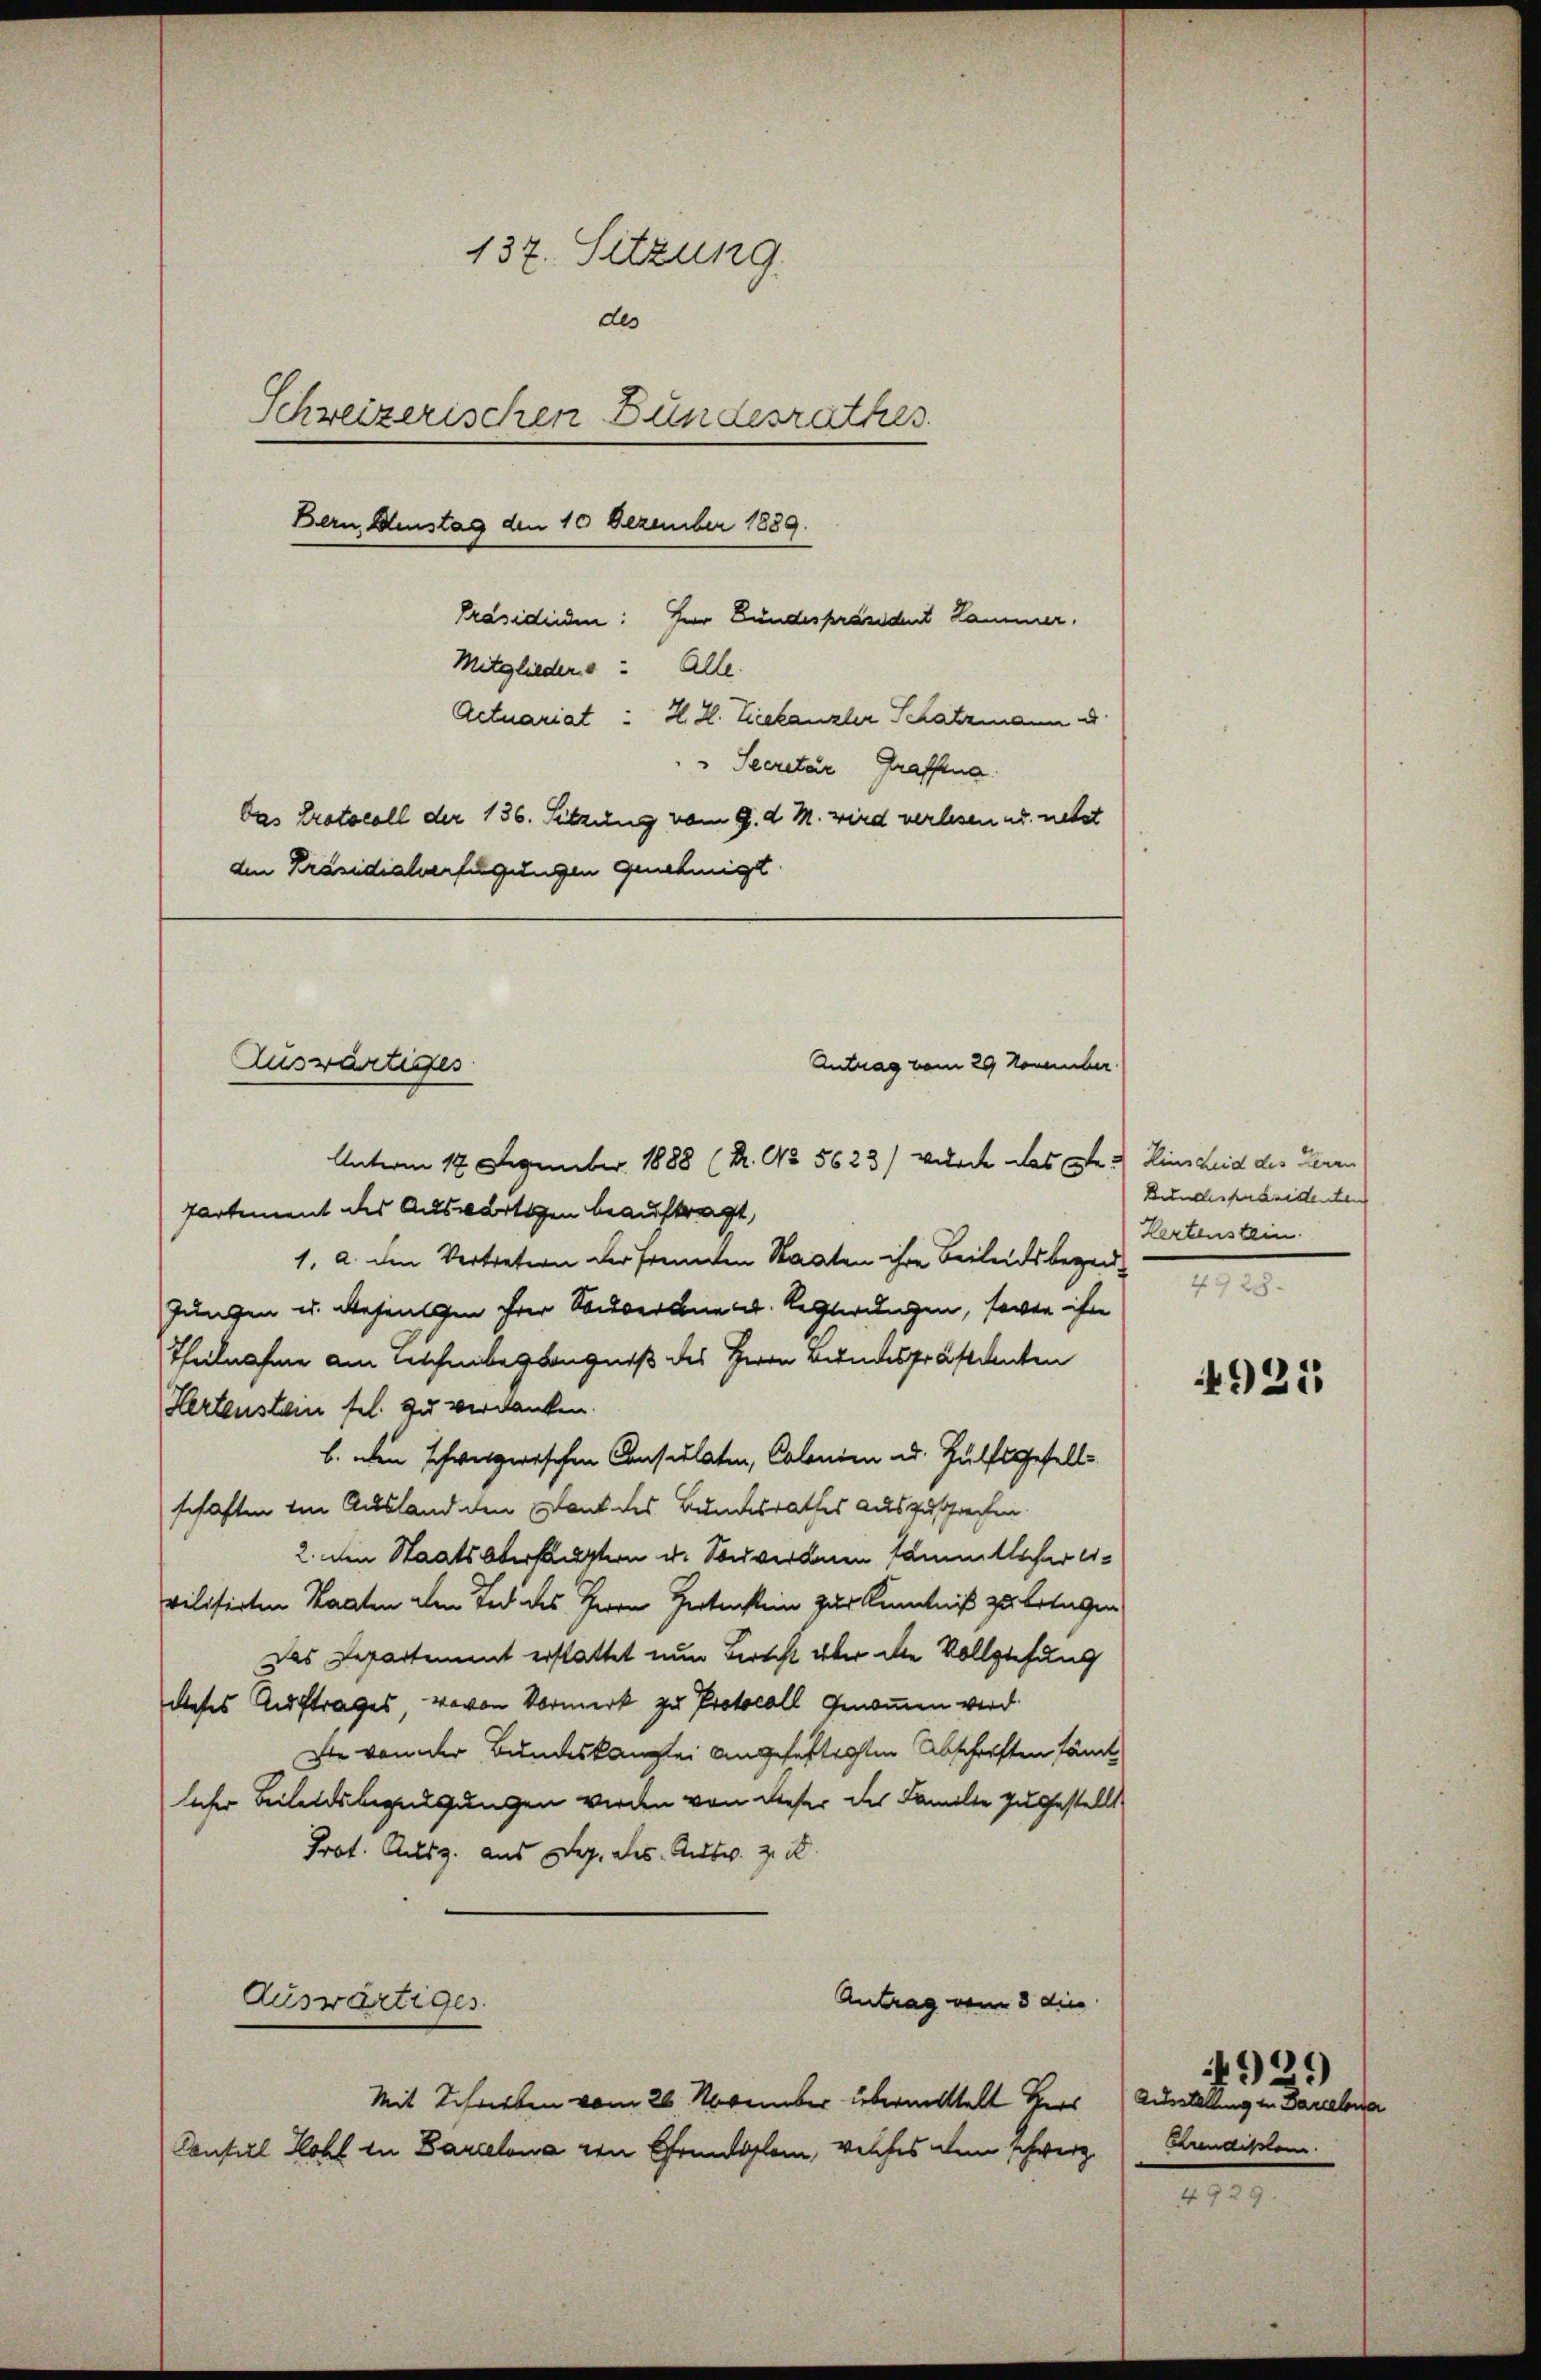
137. Sitzung.
des
Schweizerischen Bundesrathes.
Bern denstag den 10 Dezember 1889.
Präsidiiden: Herr Bundespräsident Kammer.
Mitgliedere: Alle
Actuariat: H. H. Lieekanzler Schatzmann d
Secretar Graffina
Das Protocoll der 136. Sitzung vom 9. d. M. wird verlesen u. nebst
den Präsidialverfügungen genehmigt.

Auswärtiges

Antrag vom 29 November

Unterm 18. Dezember 1888 (R. No 5623) wurch das 3te u. Einscheid des Herrn
Partement des Auswärtigen beauftragt,
1. a. den Vertretern der freunden Staaten ihre Beileidsbegeid¬
Jungen u. Gesingen ihrer Souverane u. Regierungen, sowie ihn
Theilnahme am Aschenbegängniß des Herrn Bundespräsidenten
Hertenstein fel. zu verdanken.
b. oben schweizerischen Consulaten, Colonien u. Hülfsgesell
schaften in Ausland den Dank des Bundesrathes auszusprechen.
2. den Staatsoberhauptern u. Souverden sämmtlicher eivilisirten Staaten dem Tod des Herrn Hertenstein zur Kenntniß zu betagen
Das Departement erstattet nun Bericht über die Vollziehung
dieses Auftrages, wovon Vormerk zu Protocoll genommen wird
Die von der Bundeskanzlei angefeftigten Abschriften sämt
licher Beilandsbegeilgungen werden von dieser der Familie zugestellt
Prof. Rusz. aus Dez. des Antw. z.
Antrag vom 5 dies
Auswärtiges
Mit Schrieben vom 26 November übermittelt Herr Ausstellung in Danebene
Consul Kohl in Barcelona von Grundlam, welches den schwerz

Bidelich beidenten |
Kertenstei
4928.

4925

Brandikten.

909